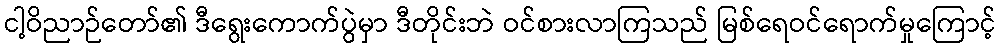
ငါ့ဝိညာဉ်တော်၏ ဒီရွေးကောက်ပွဲမှာ ဒီတိုင်းဘဲ ဝင်စားလာကြသည် မြစ်ရေဝင်ရောက်မှုကြောင့်